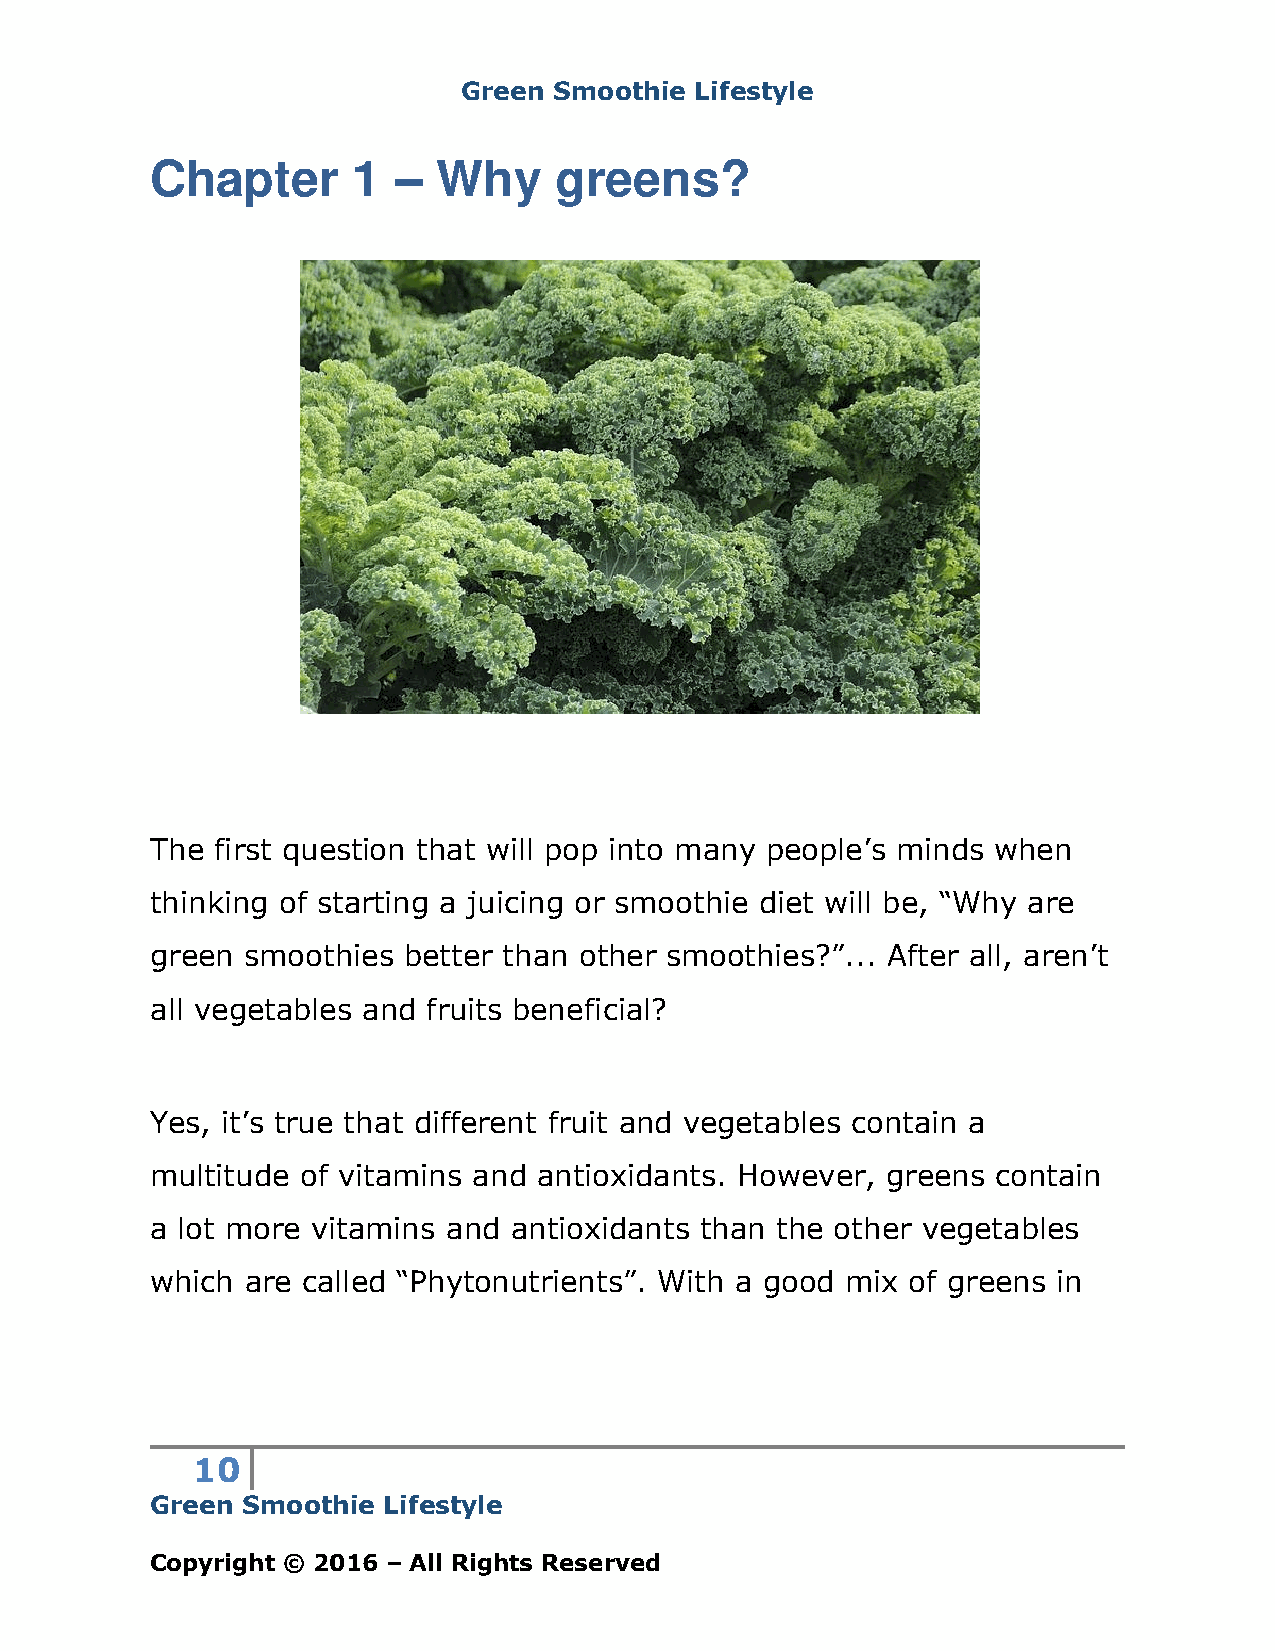
Green Smoothie Lifestyle
 Chapter      1     Why     greens?
 –
 The first question that will pop into many people’s minds when
 thinking of starting a juicing or smoothie diet will be, “Why are
 green smoothies  better than other smoothies?”... After all, aren’t
 all vegetables and fruits beneficial?
 Yes, it’s true that different fruit and vegetables contain a
 multitude of vitamins and antioxidants. However, greens contain
 a lot more vitamins and antioxidants than the other vegetables
 which are called “Phytonutrients”. With a good mix of greens in
 10
 Green Smoothie Lifestyle
 Copyright © 2016 – All Rights Reserved